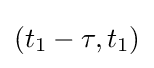
(t_{1}-\tau ,t_{1})